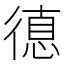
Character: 𢕞